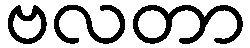
ဗလတာ